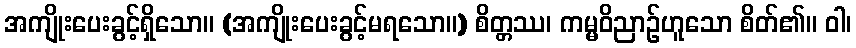
အကျိုးပေးခွင့်ရှိသော။ (အကျိုးပေးခွင့်မရသော။) စိတ္တဿ၊ ကမ္မဝိညာဉ်ဟူသော စိတ်၏။ ဝါ၊